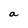
Character: a